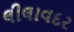
લીલાવદર